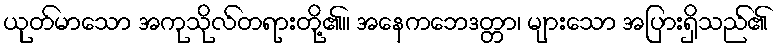
ယုတ်မာသော အကုသိုလ်တရားတို့၏။ အနေကဘေဒတ္တာ၊ များသော အပြားရှိသည်၏